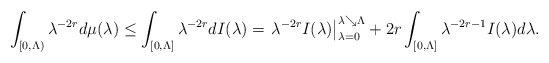
\begin{align*}\int_{[0, \Lambda)}\lambda^{-2 r}d \mu(\lambda)\leq\int_{[0, \Lambda]} \lambda^{-2 r}d I(\lambda)=\left. \lambda^{-2 r} I(\lambda) \right|_{\lambda = 0}^{\lambda \searrow \Lambda}+2 r\int_{[0, \Lambda]}\lambda^{-2 r - 1}I(\lambda)d \lambda.\end{align*}